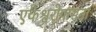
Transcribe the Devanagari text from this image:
एकेश्वरोपासना